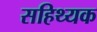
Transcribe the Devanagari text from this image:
सहिथ्यक